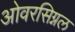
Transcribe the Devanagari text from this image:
ओवरसिग्नल